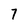
Character: 7